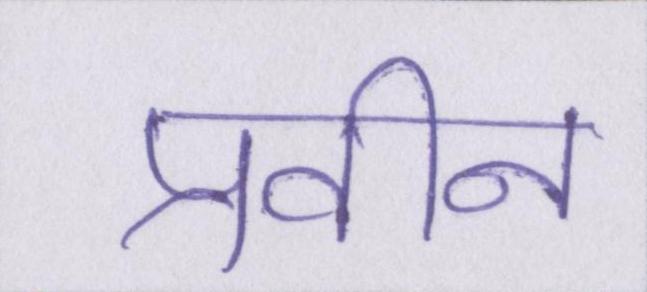
प्रवीन